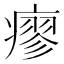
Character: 瘳